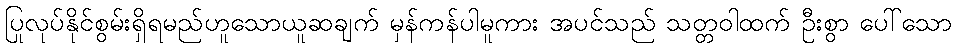
ပြုလုပ်နိုင်စွမ်းရှိရမည်ဟူသောယူဆချက် မှန်ကန်ပါမူကား အပင်သည် သတ္တဝါထက် ဦးစွာ ပေါ်သော